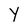
Character: y